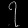
Digit: ၇